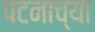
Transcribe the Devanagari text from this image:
पटनाच्या